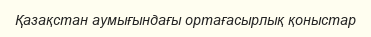
Қазақстан аумығындағы ортағасырлық қоныстар